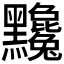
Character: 𪓄